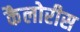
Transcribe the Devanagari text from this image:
कैलोरीस